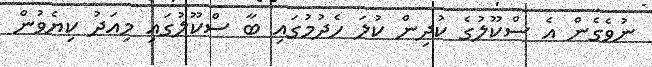
ނުވެގެން އެ ސްކޫލުގެ ކުދިން ކުލަ ހެދުމުގައި ބާ ސްކޫލުގައި މިއަދު ކިޔެވުން